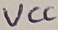
Text: VCC